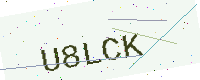
Text: U8LCK